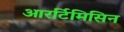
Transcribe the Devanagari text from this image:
आरर्टिमिसिन